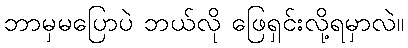
ဘာမှမပြောပဲ ဘယ်လို ဖြေရှင်းလို့ရမှာလဲ။